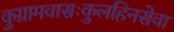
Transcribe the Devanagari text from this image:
कुग्रामवासःकुलहिनसेवा